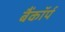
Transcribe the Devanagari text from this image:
बैंकॉर्प